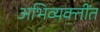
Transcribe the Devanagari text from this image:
अभिव्यक्तींत